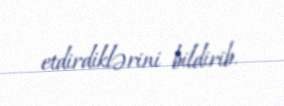
etdirdiklərini bildirib.